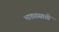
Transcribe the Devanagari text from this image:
भाड्यासाठी